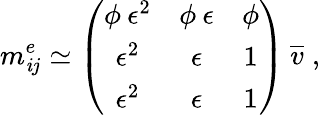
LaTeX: m_{\mathit{i}j}^{e}\simeq\left(\begin{array}{ccc}{{\phi\: \epsilon^{2}}}&{{\phi\: \epsilon}}&{{\phi}}\\ {{\epsilon^{2}}}&{{\epsilon}}&{{1}}\\ {{\epsilon^{2}}}&{{\epsilon}}&{{1}}\end{array}\right)\: \overline{{{{v}}}}\; ,